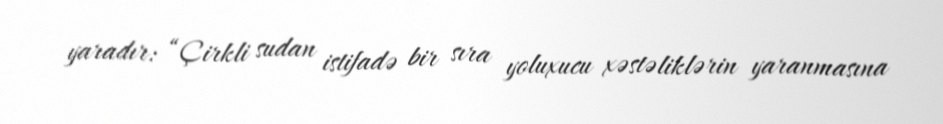
yaradır: “Çirkli sudan istifadə bir sıra yoluxucu xəstəliklərin yaranmasına